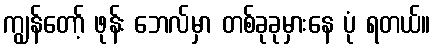
ကျွန်တော့် ဖုန်း ဘေလ်မှာ တစ်ခုခုမှားနေ ပုံ ရတယ်။